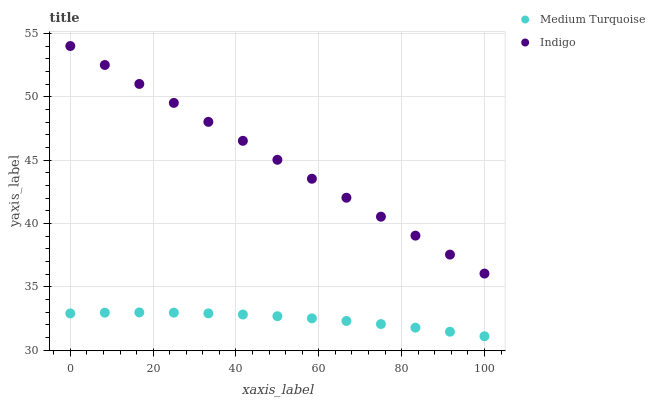
| xaxis_label | Medium Turquoise | Indigo |
 | --- | --- | --- |
 | 0 | 32.9 | 54 |
 | 8.33 | 33 | 52.5 |
 | 16.7 | 33 | 51 |
 | 25 | 33 | 49.5 |
 | 33.3 | 32.9 | 48 |
 | 41.7 | 32.8 | 46.5 |
 | 50 | 32.7 | 45 |
 | 58.3 | 32.5 | 43.5 |
 | 66.7 | 32.3 | 42 |
 | 75 | 32.1 | 40.5 |
 | 83.3 | 31.8 | 39 |
 | 91.7 | 31.5 | 37.5 |
 | 100 | 31.1 | 36 |